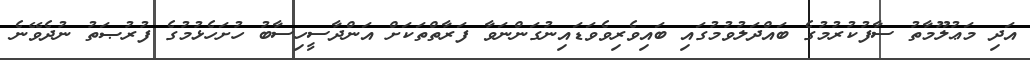
އަދި މަޢުލޫމާތު ސާފުކުރުމުގެ ބައްދަލުވުމުގައި ބައިވެރިވެވަޑައިނުގަންނަވާ ފަރާތްތަކަށް އަންދާސީހިސާބު ހުށަހެޅުމުގެ ފުރުޞަތު ނުދެވޭނެ